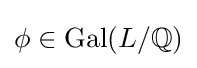
\phi \in \operatorname {Gal} (L/\mathbb {Q} )